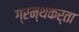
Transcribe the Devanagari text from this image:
ग्रन्थकर्ता